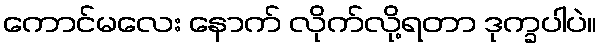
ကောင်မလေး နောက် လိုက်လို့ရတာ ဒုက္ခပါပဲ။